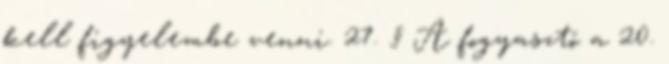
kell figyelembe venni. 27. § A fogyasztó a 20.